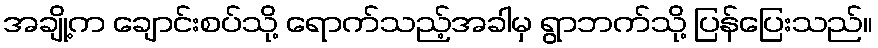
အချို့က ချောင်းစပ်သို့ ရောက်သည့်အခါမှ ရွာဘက်သို့ ပြန်ပြေးသည်။